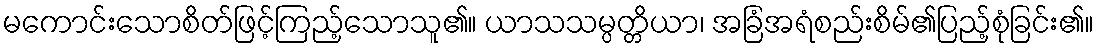
မကောင်းသောစိတ်ဖြင့်ကြည့်သောသူ၏။ ယာသသမ္ပတ္တိယာ၊ အခြံအရံစည်းစိမ်၏ပြည့်စုံခြင်း၏။